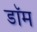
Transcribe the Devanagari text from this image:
डाॅम